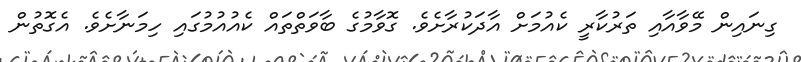
ގިނައިން މޭވާއާއި ތަރުކާރީ ކެއުމަށް އާދަކުރާށެވެ. ގޮވާމުގެ ބާވަތްތައް ކެއުއުމުގައި ހިމަނާށެވެ. އެގޮތުން